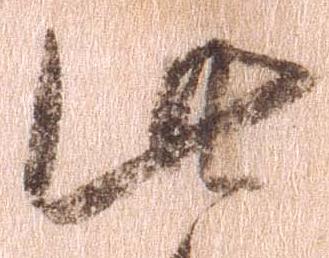
此